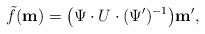
LaTeX: \begin{align*}\tilde{f}(\mathbf{m}) = \big(\Psi \cdot U \cdot (\Psi')^{-1}\big) \mathbf{m'},\end{align*}